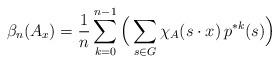
LaTeX: \begin{align*}\beta_n(A_x) = \frac{1}{n} \sum_{k=0}^{n-1} \Big( \sum_{s \in G} \chi_A(s \cdot x) \, p^{*k}(s)\Big) \end{align*}